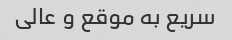
سریع به موقع و عالی